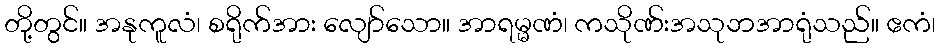
တို့တွင်။ အနုကူလံ၊ စရိုက်အား လျော်သော။ အာရမ္မဏံ၊ ကသိုဏ်းအသုဘအာရုံသည်။ ဧကံ၊